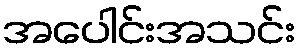
အပေါင်းအသင်း